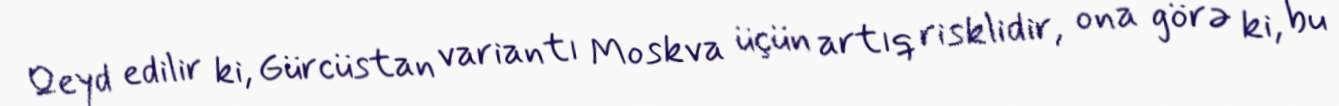
Qeyd edilir ki, Gürcüstan variantı Moskva üçün artıq risklidir, ona görə ki, bu